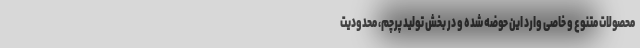
محصولات متنوع و خاصی وارد این حوضه شده و در بخش تولید پرچم، محدودیت